Annual report of the Punjab Veterinary College and of the Civil Veterinary Department, Punjab - 1920-1925
Year: 1920
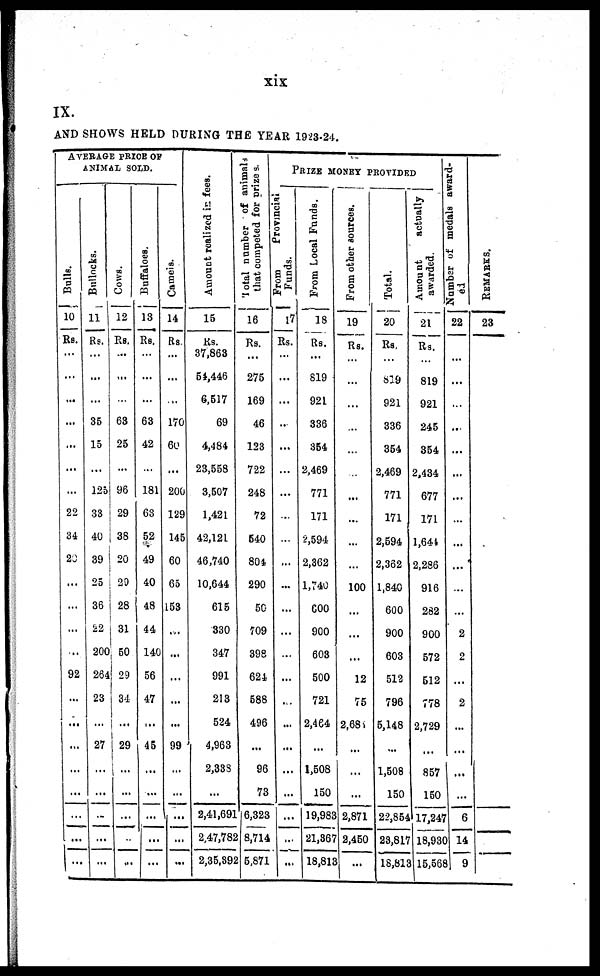
xix
IX.
AND SHOWS HELD DURING THE YEAR 1923-24.
AVERAGE PRICE OF
ANIMAL SOLD.
Bulls.
10
RS.
...
...
...
...
...
...
...
22
34
20
...
...
...
...
92
...
...
...
...
...
...
...
...
Bullocks.
11
Rs.
...
...
...
35
15
...
125
33
40
39
25
36
22
200
264
23
...
27
...
...
..
...
...
Cows.
12
Rs.
...
...
63
25
...
96
29
38
20
20
28
31
50
29
34
...
29
...
...
...
...
...
Buffaloes.
13
Rs.
...
...
...
63
42
...
181
63
52
49
40
48
44
140
56
47
...
45
...
...
...
...
...
Camels.
14
Rs
...
...
...
170
60
...
200
129
145
60
65
153
...
...
...
...
...
99
...
...
...
...
...
Amount realized in fees.
15
Rs.
37,863
54,446
6,517
69
4,484
23,558
3,507
1,421
42,121
46,740
10,644
615
330
347
991
213
524
4,963
2,333
...
2,41,691
2,47,782
2,35,392
Total
number of animals
that competed for prizes.
16
Rs.
...
275
169
46
123
722
248
72
540
804
290
50
709
398
624
588
496
...
96
73
6,323
8,714
5,871
PRIZE MONEY PROVIDED
From
Provincial
Funds.
17
Rs.
...
...
...
...
...
...
...
...
...
...
...
...
...
...
...
...
...
...
...
...
...
...
From Local Funds.
18
Rs.
...
819
921
336
354
2,469
771
171
2,594
2,362
1,740
600
900
603
500
721
2,464
...
1,508
150
19,983
21,367
18,813
From other sources.
19
Rs.
...
...
...
...
...
...
...
...
...
...
100
...
...
...
12
75
2,685
...
...
...
2,871
2,450
...
Total.
20
Rs
...
819
921
336
354
2,469
771
171
2,594
2,362
1,840
600
900
603
512
796
5,148
...
1,508
150
22,854
23,817
18,813
Amount
actually
awarded.
21
Rs
...
819
921
245
354
2,434
677
171
1,644
2,286
916
282
900
572
512
778
2,729
...
857
150
17,247
18,930
15.568
Number
of medals award-
ed
22
...
...
...
...
...
...
...
...
...
...
...
...
...
2
2
...
2
...
...
...
...
6
14
3 9
REMARKS.
23